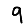
Digit: 9